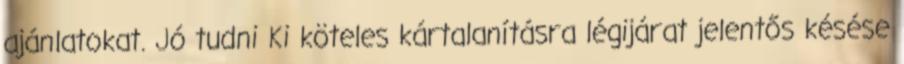
ajánlatokat. Jó tudni Ki köteles kártalanításra légijárat jelentős késése